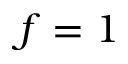
f = 1